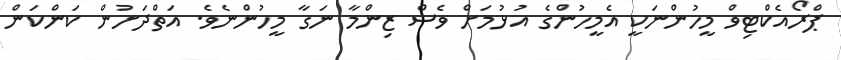
ޕްރޯއެކްޓިވް މީހުންނަކީ އެމީހުންގެ އުޅުމަށް ވެސް ޒިންމާ ނަގާ މީހުންނެވެ. އަތްދަށުން ކަންކަން